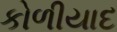
કોળીયાદ